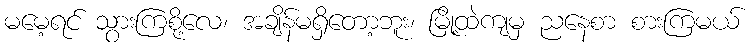
မမေ့ရင် သွားကြစို့လေ၊ အချိန်မရှိတော့ဘူး၊ မြို့ထဲကျမှ ညနေစာ စားကြမယ်